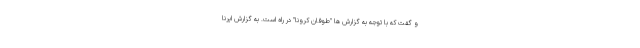
و گفت که با توجه به گزارش ها "طوفان کرونا" در راه است. به گزارش ایرنا